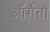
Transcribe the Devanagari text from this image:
ऑर्गेनो